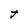
Character: t